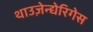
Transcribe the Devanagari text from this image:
थाउज़ेन्द्येरिगेस